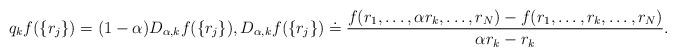
LaTeX: \begin{align*}q_k f(\{r_j\})=(1-\alpha)D_{\alpha,k}f(\{r_j\}), D_{\alpha,k}f(\{r_j\})\doteq\frac{f(r_1,\dots,\alpha r_k,\dots,r_N)-f(r_1,\dots,r_k,\dots,r_N)}{\alpha r_k-r_k}.\end{align*}